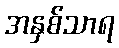
အနှစ်သာရ